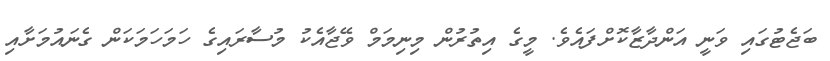
ބަޖެޓުގައި ވަނީ އަންދާޒާކޮށްފައެވެ. މީގެ އިތުރުން މިނިމަމް ވޭޖާއެކު މުސާރައިގެ ހަމަހަމަކަން ގެނައުމަށާއި